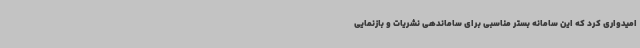
امیدواری کرد که این سامانه بستر مناسبی برای ساماندهی نشریات و بازنمایی